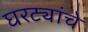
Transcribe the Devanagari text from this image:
घरट्यांचे